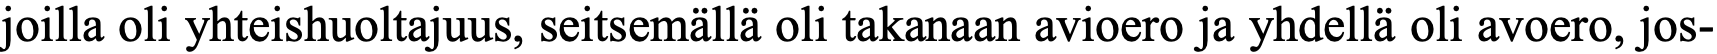
joilla oli yhteishuoltajuus, seitsemällä oli takanaan avioero ja yhdellä oli avoero, jos-